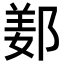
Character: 𨜰